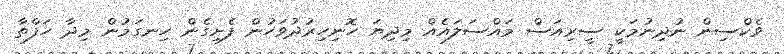
ވެކްސިން ނުދިނުމަކީ ސީރިއަސް މައްސަލައެއް މިދިޔަ ހޮނިހިރުދުވަހުން ފެށިގެން ހިނގަމުން މިދާ ހަފްތާ